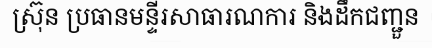
ស្រ៊ុន ប្រធានមន្ទីរសាធារណការ និងដឹកជញ្ជួន